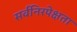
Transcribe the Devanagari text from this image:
सर्वनिरपेक्षता